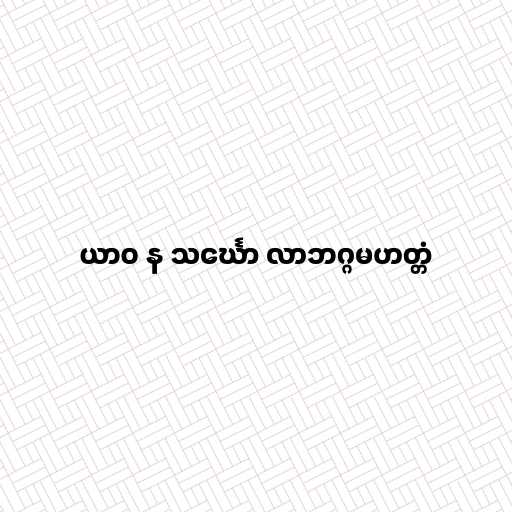
ယာဝ န သင်္ဃော လာဘဂ္ဂမဟတ္တံ